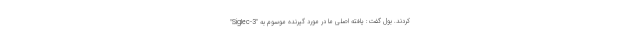
کردند. بول گفت: یافته اصلی ما در مورد گیرنده‌ موسوم به "Siglec-3"